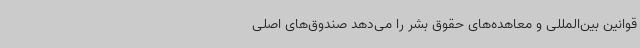
قوانین بین‌المللی و معاهده‌های حقوق بشر را می‌دهد صندوق‌های اصلی